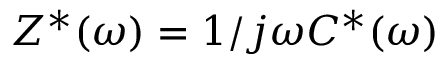
Z ^ { * } ( \omega ) = 1 / j \omega C ^ { * } ( \omega )